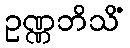
ဥဏ္ဏဘိသိံ